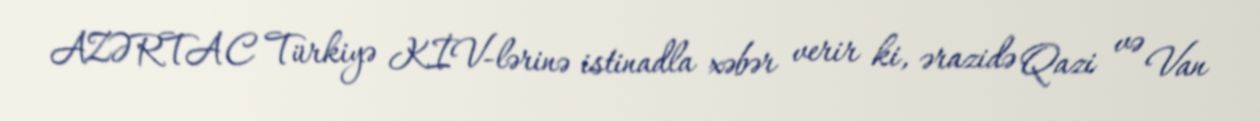
AZƏRTAC Türkiyə KİV-lərinə istinadla xəbər verir ki, ərazidə Qazi və Van